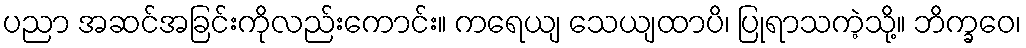
ပညာ အဆင်အခြင်းကိုလည်းကောင်း။ ကရေယျ သေယျထာပိ၊ ပြုရာသကဲ့သို့။ ဘိက္ခဝေ၊